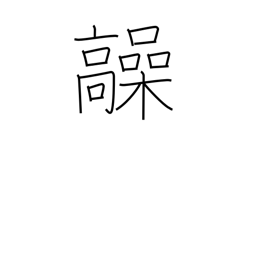
Meaning: high